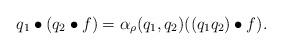
LaTeX: \begin{align*}q_{1}\bullet (q_{2}\bullet f)=\alpha_{\rho}(q_{1},q_{2})((q_{1}q_{2})\bullet f).\end{align*}